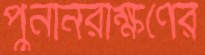
পুনর্নিরীক্ষণের